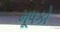
મૂષકો